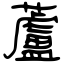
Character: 蘆